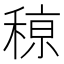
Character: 䅫